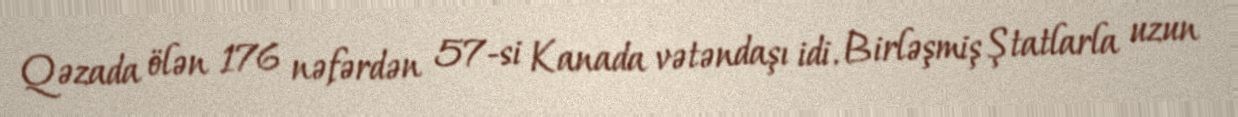
Qəzada ölən 176 nəfərdən 57-si Kanada vətəndaşı idi. Birləşmiş Ştatlarla uzun